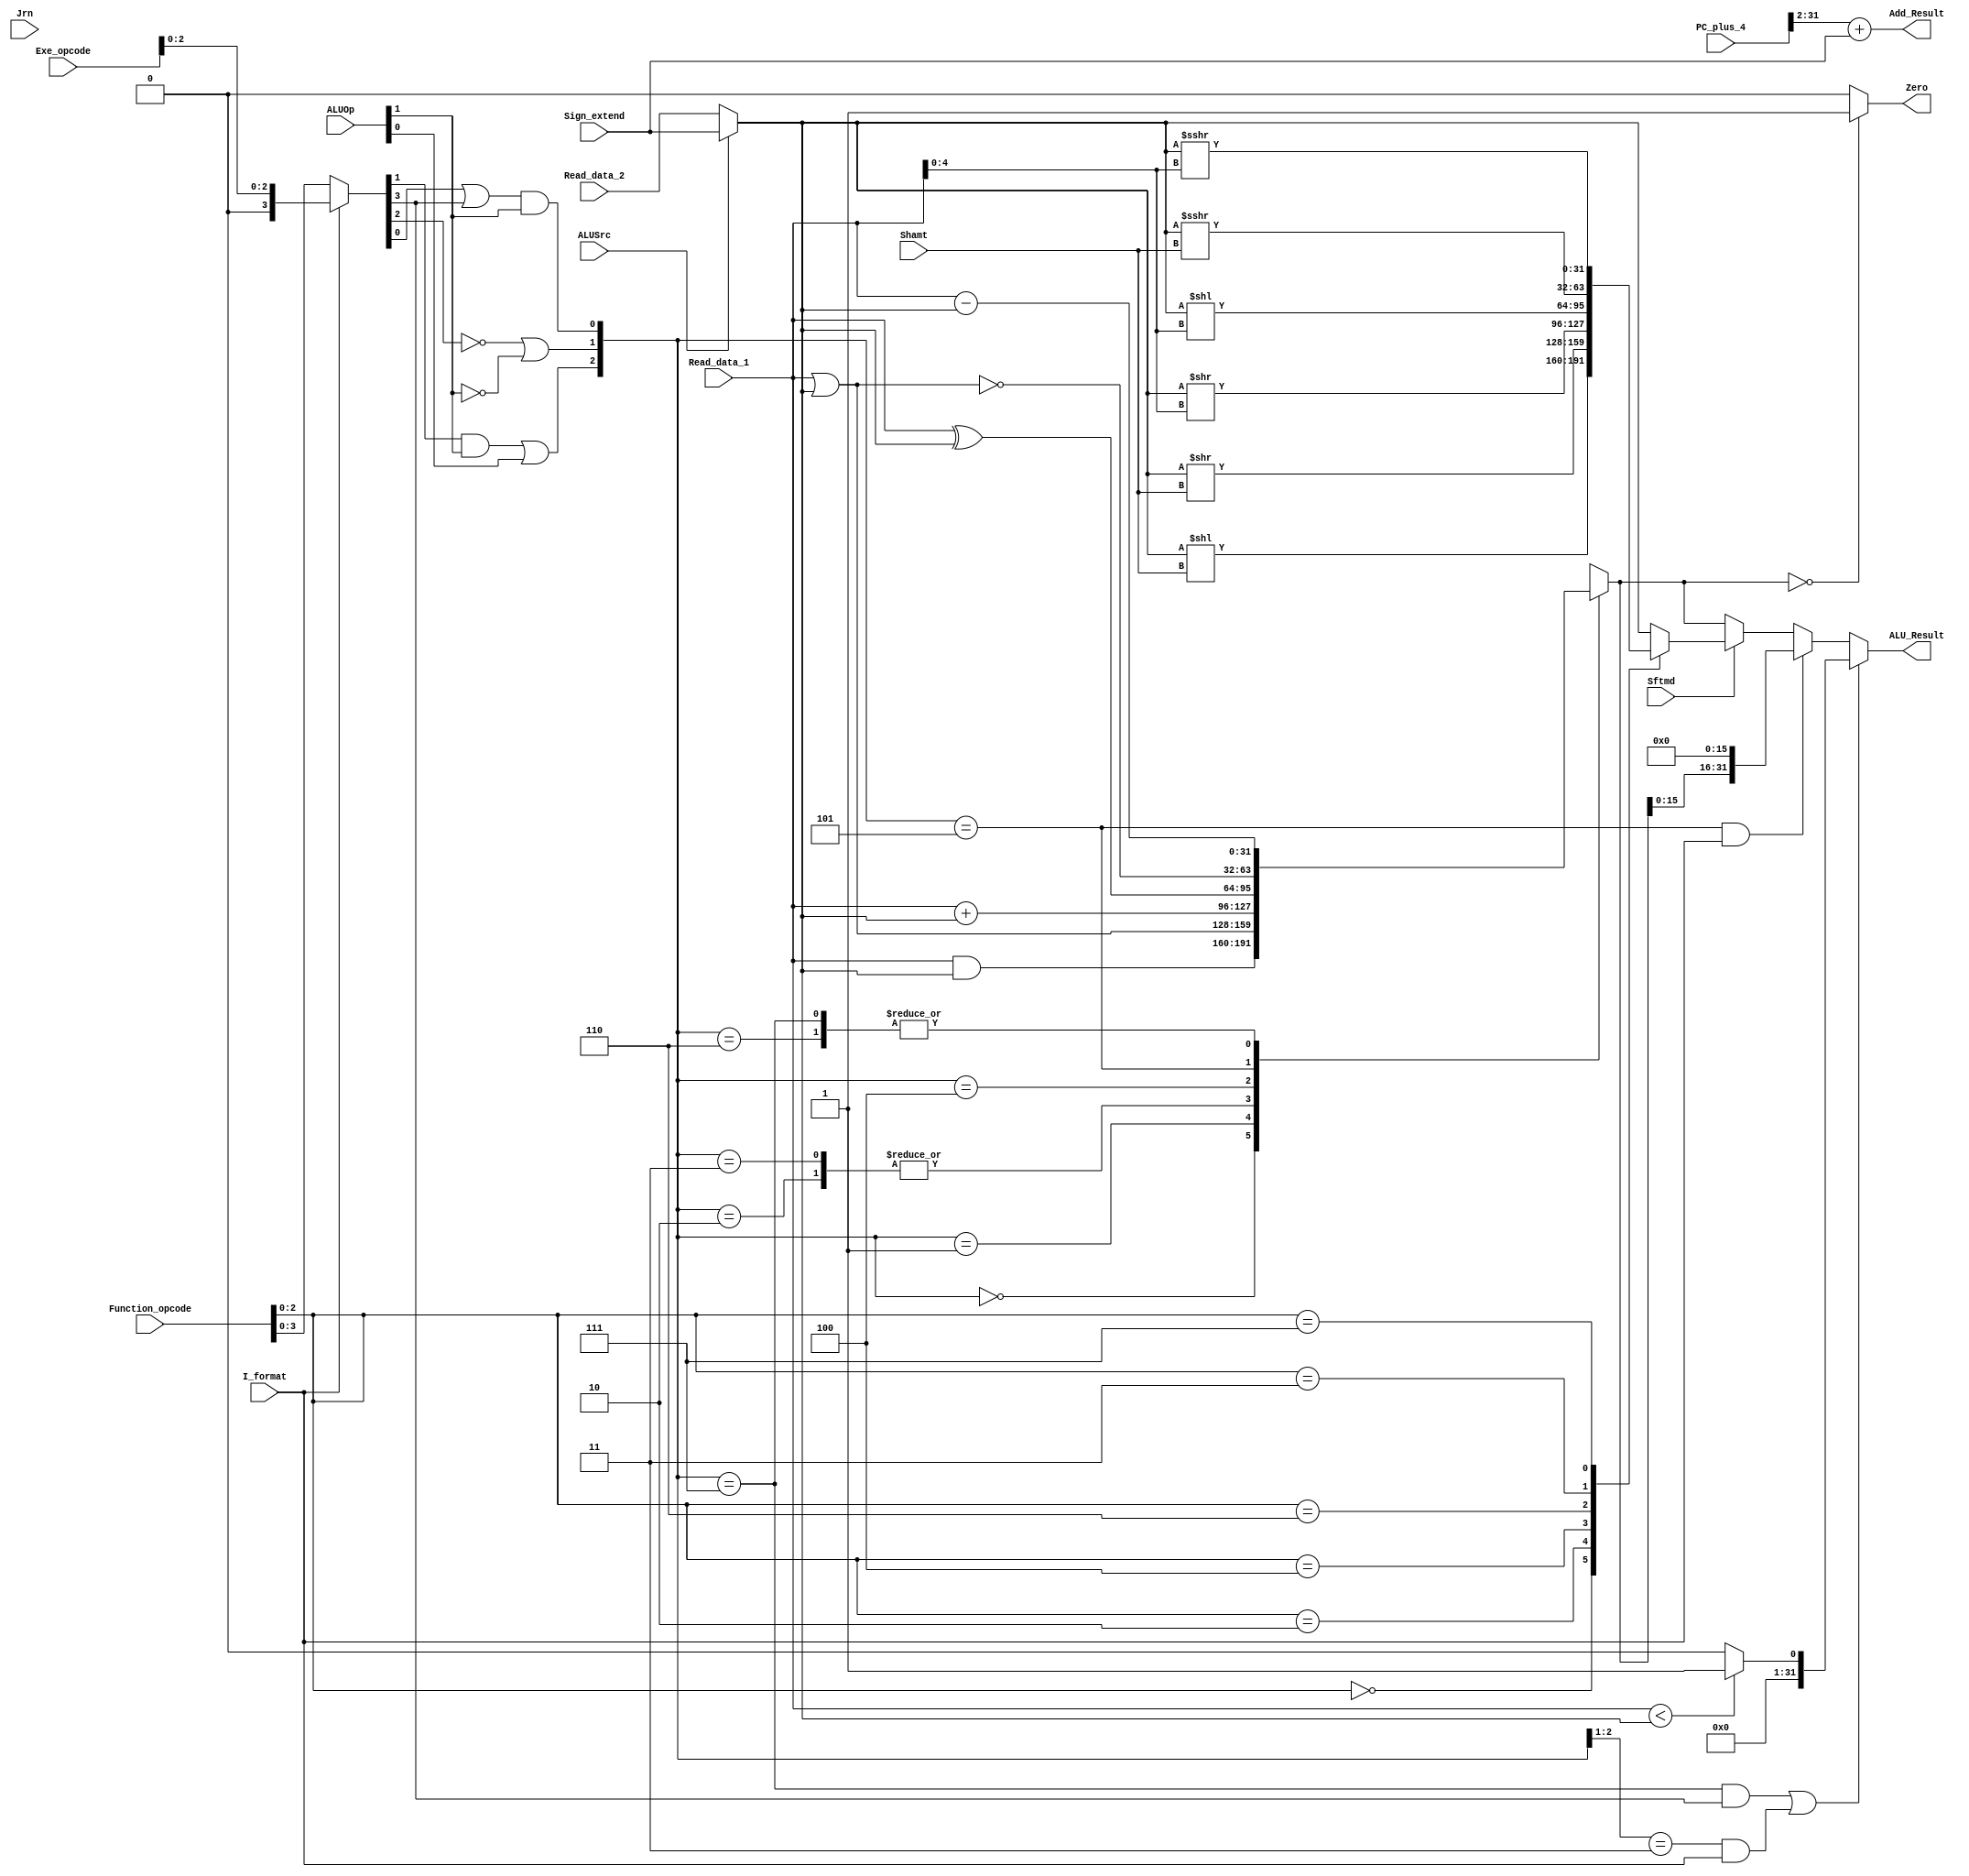
`timescale 1ns / 1ps
//////////////////////////////////////////////////////////////////////////////////

module Executs32(Read_data_1,Read_data_2,Sign_extend,Function_opcode,Exe_opcode,ALUOp,
                 Shamt,ALUSrc,I_format,Zero,Jrn,Sftmd,ALU_Result,Add_Result,PC_plus_4
                 );
    input[31:0]  Read_data_1;		// Read_data_1
    input[31:0]  Read_data_2;		// Read_data_2
    input[31:0]  Sign_extend;		// 
    input[5:0]   Function_opcode;  	// r-,r-form instructions[5:0]
    input[5:0]   Exe_opcode;  		// 
    input[1:0]   ALUOp;             // 
    input[4:0]   Shamt;             // instruction[10:6]
    input  		 Sftmd;            // 
    input        ALUSrc;            // beqbne
    input        I_format;          // beq, bne, LW, SWI-
    input        Jrn;               // JR
    output       Zero;              // 10 
    output[31:0] ALU_Result;        // 
    output[31:0] Add_Result;		//         
    input[31:0]  PC_plus_4;         // PC+4
    
    reg[31:0] ALU_Result;
    wire[31:0] Ainput,Binput;
    reg[31:0] Cinput,Dinput;
    reg[31:0] Einput,Finput;
    reg[31:0] Ginput,Hinput;
    reg[31:0] Sinput;
    reg[31:0] ALU_output_mux;
    wire[32:0] Branch_Add;
    wire[2:0] ALU_ctl;
    wire[5:0] Exe_code;
    wire[2:0] Sftm;
    wire Sftmd;
    reg s;
    
    assign Sftm = Function_opcode[2:0];   // (
    assign Exe_code = (I_format==0) ? Function_opcode : {3'b000,Exe_opcode[2:0]};
    assign Ainput = Read_data_1;
    assign Binput = (ALUSrc == 0) ? Read_data_2 : Sign_extend[31:0]; //R,LW,SW
    assign ALU_ctl[0] = (Exe_code[0] | Exe_code[3]) & ALUOp[1];      //24H AND 
    assign ALU_ctl[1] = ((!Exe_code[2]) | (!ALUOp[1]));
    assign ALU_ctl[2] = (Exe_code[1] & ALUOp[1]) | ALUOp[0];
 


always @* begin  // 6
       if(Sftmd)
        case(Sftm[2:0])
            3'b000:Sinput = Binput << Shamt;			   //Sll rd,rt,shamt  000000
            3'b010:Sinput = Binput >> Shamt; 		       //Srl rd,rt,shamt  000010
            3'b100:Sinput = Binput >> Ainput[4:0];         //sllv rd,rt,rs 000100
            3'b110:Sinput = Binput << Ainput[4:0];         //srlv rd,rt,rs 000110
            3'b011:Sinput = Binput >>> Shamt;         	   //sra rd,rt,shamt 000011
            3'b111:Sinput = Binput >>> Ainput[4:0];		   //srav rd,rt,rs 000111
            default:Sinput = Binput;
        endcase
       else Sinput = Binput;
    end
 
    always @* begin
        if(((ALU_ctl==3'b111) && (Exe_code[3]==1))||((ALU_ctl[2:1]==2'b11) && (I_format==1))) //slti(sub)  SLT
            ALU_Result = (Ainput < Binput) ? 32'h00000001 : 32'b0;//?????
        else if((ALU_ctl==3'b101) && (I_format==1)) ALU_Result = {ALU_output_mux[15:0], {16{1'b0}}};   //lui data
        else if(Sftmd==1) ALU_Result = Sinput;     //
        else  ALU_Result = ALU_output_mux;   //otherwise
    end
 
    assign Branch_Add = PC_plus_4[31:2] + Sign_extend[31:0];
    assign Add_Result = Branch_Add[31:0];   //PC416
    assign Zero = (ALU_output_mux[31:0]== 32'h00000000) ? 1'b1 : 1'b0;
    
    always @(ALU_ctl or Ainput or Binput) begin
        case(ALU_ctl)
            3'b000:ALU_output_mux = Ainput & Binput;
            3'b001:ALU_output_mux = Ainput | Binput;
            3'b010:ALU_output_mux = Ainput + Binput;
            3'b011:ALU_output_mux = Ainput + Binput;
            3'b100:ALU_output_mux = Ainput ^ Binput;
            3'b101:ALU_output_mux = ~(Ainput | Binput);
            3'b110:ALU_output_mux = Ainput - Binput;
            3'b111:ALU_output_mux = Ainput - Binput;
            default:ALU_output_mux = 32'h00000000;
        endcase
    end
endmodule